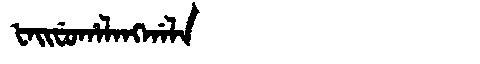
Manchu: ᡶᠠᡳᠸᡠᡥᠠᠯᠠᠩᡤᠠᠯᠠ
Romanization: FAIFUHALANGGALA